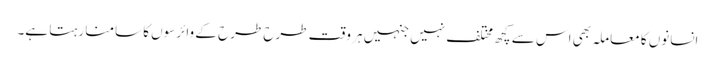
انسانوں کا معاملہ بھی اس سے کچھ مختلف نہیں جنہیں ہر وقت طرح طرح کے وائرسوں کا سامنا رہتا ہے۔